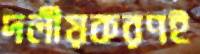
দলীয়করণই